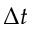
\Delta t